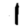
Digit: 1